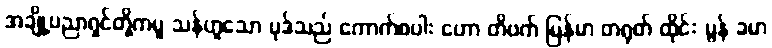
အချို့ပညာရှင်တို့ကမူ သန်ဟူသော ပုဒ်သည် ကောက်စပါး ဟော တိဗက် မြန်မာ တရုတ် ထိုင်း မွန် ခမာ